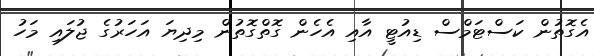
އެގޮތުން ކަސްޓަމްސް ޑިއުޓީ އާއި އެހެން ގޮތްގޮތުން މިދިޔަ އަހަރުގެ ޖުލައި މަހު